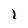
Character: l